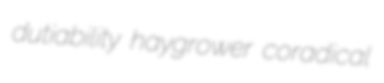
dutiability haygrower coradical